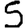
Digit: 5